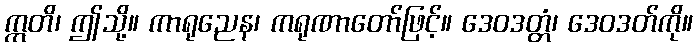
ဣတိ၊ ဤသို့။ ကာရုညေန၊ ကရုဏာတော်ဖြင့်။ ဒေဝဒတ္တံ၊ ဒေဝဒတ်ကို။